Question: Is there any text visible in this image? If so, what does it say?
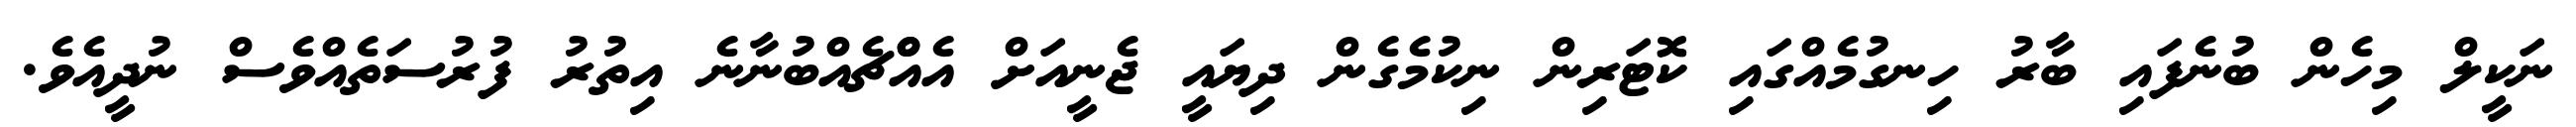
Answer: ނަކީލް މިހެން ބުނެފައި ބާރު ހިނގުމެއްގައި ކޮޓަރިން ނިކުމެގެން ދިޔައީ ޖެނީއަށް އެއްްޗެއްބުނާނެ އިތުރު ފުރުސަތެއްވެސް ނުދީއެވެ.